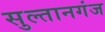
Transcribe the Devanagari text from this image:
सुल्‍तानगंज